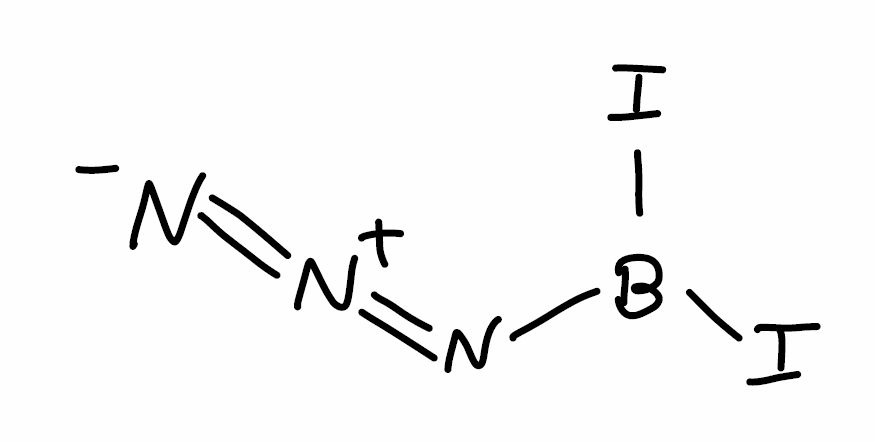
Simplified molecular-input line-entry system (SMILES) notation of the given molecule:
B(N=[N+]=[N-])(I)I